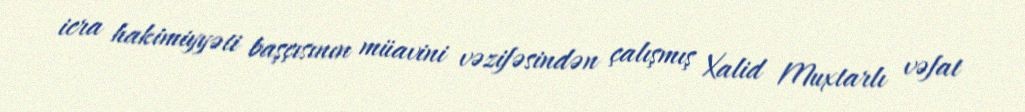
icra hakimiyyəti başçısının müavini vəzifəsindən çalışmış Xalid Muxtarlı vəfat